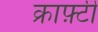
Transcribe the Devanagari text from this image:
क्राफ़्टी